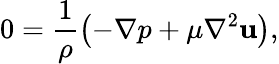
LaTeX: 0=\frac{1}{\rho}\left(-\nabla p+\mu{\nabla}^{2}\textbf{u}\right),